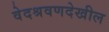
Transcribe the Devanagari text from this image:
वेदश्रवणदेखील